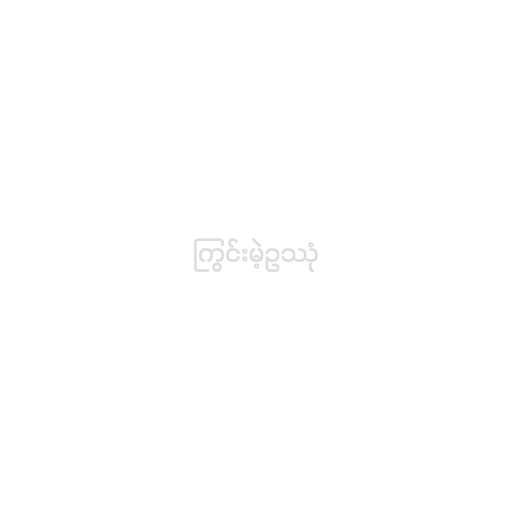
ကြွင်းမဲ့ဥဿုံ